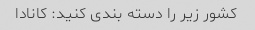
کشور زیر را دسته بندی کنید: کانادا